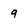
Character: 9